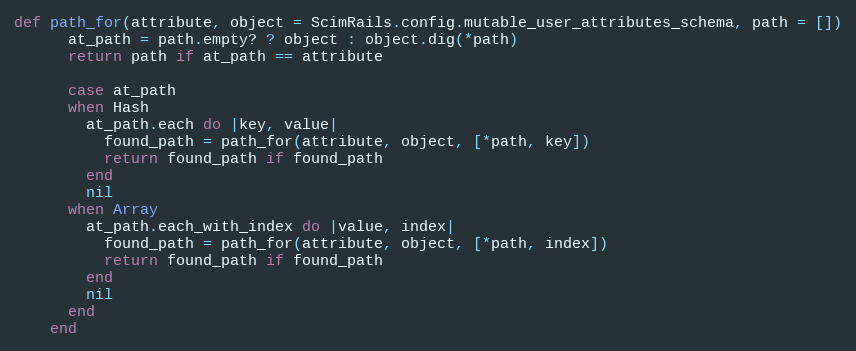
Language: Ruby
def path_for(attribute, object = ScimRails.config.mutable_user_attributes_schema, path = [])
      at_path = path.empty? ? object : object.dig(*path)
      return path if at_path == attribute

      case at_path
      when Hash
        at_path.each do |key, value|
          found_path = path_for(attribute, object, [*path, key])
          return found_path if found_path
        end
        nil
      when Array
        at_path.each_with_index do |value, index|
          found_path = path_for(attribute, object, [*path, index])
          return found_path if found_path
        end
        nil
      end
    end